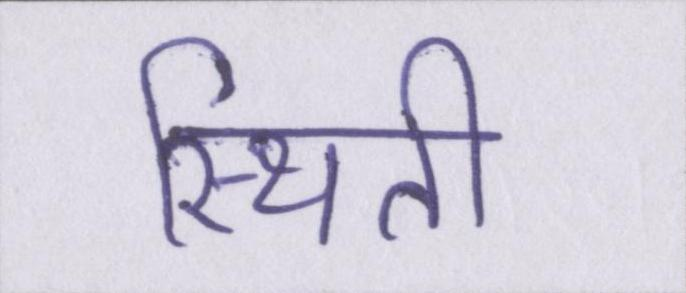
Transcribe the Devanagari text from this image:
स्थिती